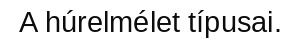
A húrelmélet típusai.